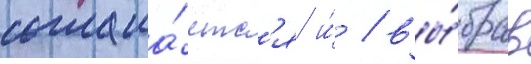
соглаша́етс'я и́ / вы́брав